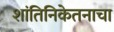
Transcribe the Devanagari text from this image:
शांतिनिकेतनाचा